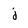
Character: j